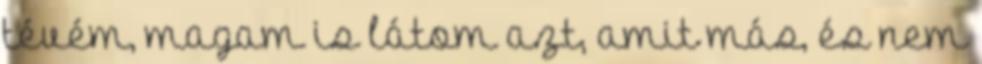
tévém, magam is látom azt, amit más, és nem